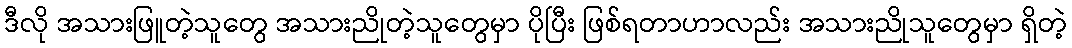
ဒီလို အသားဖြူတဲ့သူတွေ အသားညိုတဲ့သူတွေမှာ ပိုပြီး ဖြစ်ရတာဟာလည်း အသားညိုသူတွေမှာ ရှိတဲ့